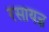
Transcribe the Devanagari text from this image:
रसायज्ञ